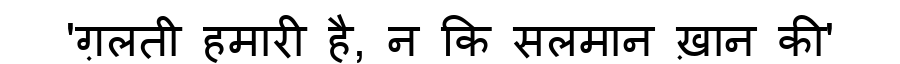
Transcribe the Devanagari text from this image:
'ग़लती हमारी है, न कि सलमान ख़ान की'